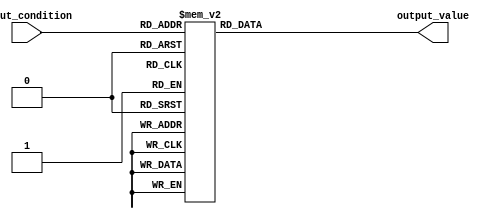
module case_statement (
    input wire [2:0] input_condition,
    output reg [3:0] output_value
);

always @(*)
begin
    case(input_condition)
        3'b000: output_value = 4'b0000;
        3'b001: output_value = 4'b0001;
        3'b010: output_value = 4'b0010;
        3'b011: output_value = 4'b0011;
        3'b100: output_value = 4'b0100;
        3'b101: output_value = 4'b0101;
        3'b110: output_value = 4'b0110;
        3'b111: output_value = 4'b0111;
        // Default case
        default: output_value = 4'b1111;
    endcase
end

endmodule